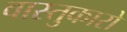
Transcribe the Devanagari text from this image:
वास्तुकारो